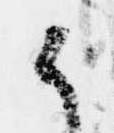
候